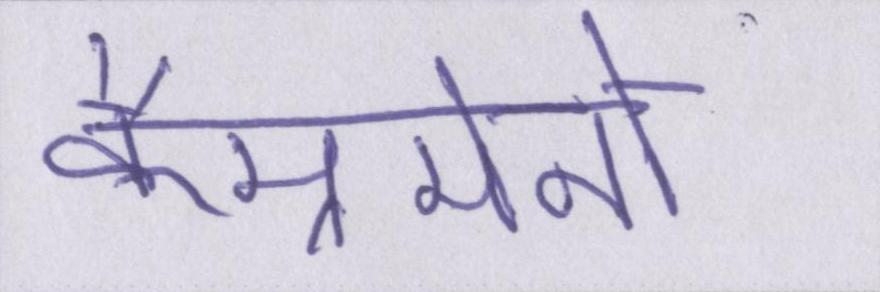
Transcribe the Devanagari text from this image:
कैम्रमेनों